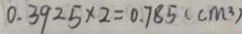
0 . 3 9 2 5 \times 2 = 0 . 7 8 5 ( c m ^ { 3 } )